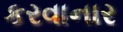
કરવાનાર